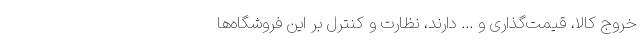
خروج کالا، قیمت‌گذاری و ... دارند، نظارت و کنترل بر این فروشگاه‌ها